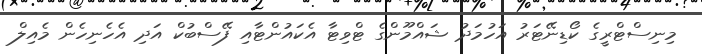
މިނިސްޓްރީގެ ކޯޑިނޭޓަރު އަހުމަދު ޝައްމޫންގެ ޓްވިޓާ އެކައުންޓާއި ފޭސްބުކް އަދި އެހެނިހެން މެއިލް